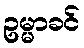
ဥမ္မာခင်